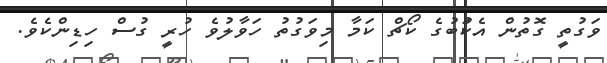
ވަގުތީ ގޮތުން އެކުަބުގެ ކޯޗް ކަމާ މިވަގުތު ހަވާލުވެ ހުރީ ގުސް ހިޑިންކެވެ.